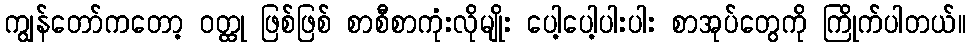
ကျွန်တော်ကတော့ ဝတ္ထု ဖြစ်ဖြစ် စာစီစာကုံးလိုမျိုး ပေါ့ပေါ့ပါးပါး စာအုပ်တွေကို ကြိုက်ပါတယ်။